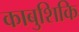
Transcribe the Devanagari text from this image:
काबुशिकि